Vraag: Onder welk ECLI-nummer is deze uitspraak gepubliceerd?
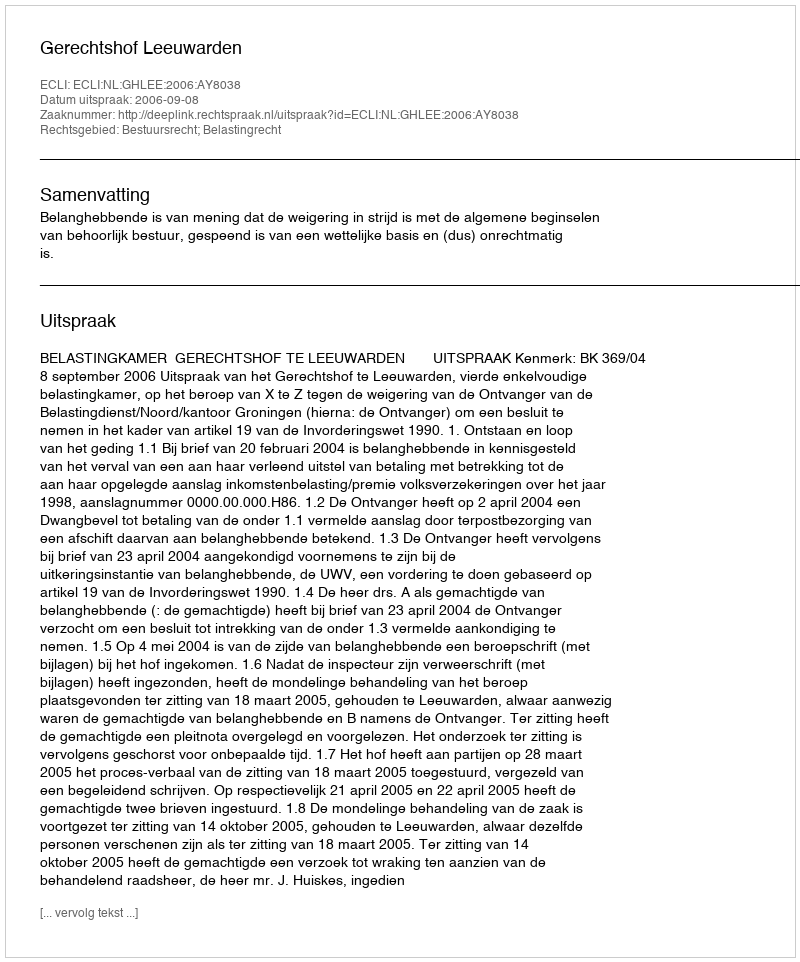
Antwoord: ECLI:NL:GHLEE:2006:AY8038